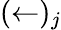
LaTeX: (\leftarrow)_{j}